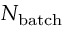
N _ { \mathrm { b a t c h } }